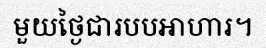
មួយថ្ងៃជារបបអាហារ។